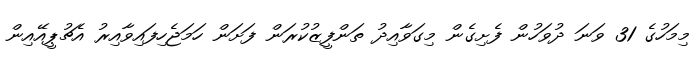
މިމަހުގެ 31 ވަނަ ދުވަހުން ފެށިގެން މިގަވާއިދު ތަންފީޒުކުރަން ފަށަން ހަމަޖެހިފައިވާއިރު އެޗުޕީއޭއިން